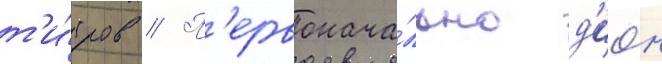
т'и́тров // П'ервонача́льно д'ион